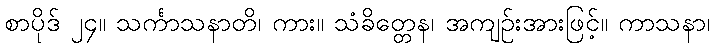
စာပိုဒ် ၂၄။ သင်္ကာသနာတိ၊ ကား။ သံခိတ္တေန၊ အကျဉ်းအားဖြင့်။ ကာသနာ၊